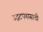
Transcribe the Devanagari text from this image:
उद्धटपणासाठी